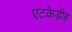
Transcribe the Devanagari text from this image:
एटकेडीह